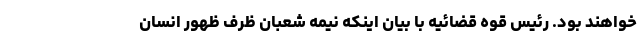
خواهند بود. رئیس قوه قضائیه با بیان اینکه نیمه شعبان ظرف ظهور انسان